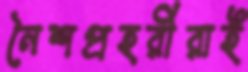
নৈশপ্রহরীরাই